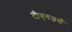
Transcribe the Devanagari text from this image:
टीएनजर्स